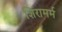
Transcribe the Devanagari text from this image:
शिरामर्म